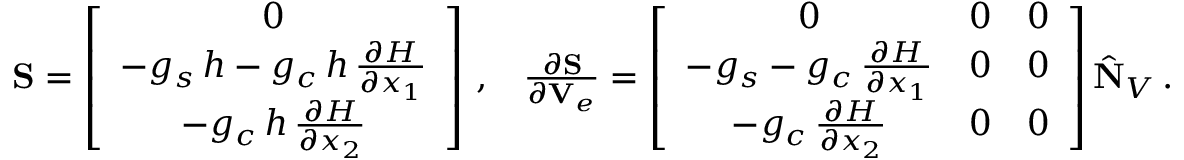
\begin{array} { r } { \begin{array} { c c } { { \bf S } = \left[ \begin{array} { c } { 0 } \\ { - g _ { s } \, { h } - g _ { c } \, { h } \, \frac { \partial { H } } { \partial { x } _ { 1 } } } \\ { - g _ { c } \, { h } \, \frac { \partial { H } } { \partial { x } _ { 2 } } } \end{array} \right] \, , } & { \frac { \partial { \bf S } } { \partial { \bf V } _ { e } } = \left[ \begin{array} { c c c } { 0 } & { 0 } & { 0 } \\ { - g _ { s } - g _ { c } \, \frac { \partial { H } } { \partial { x } _ { 1 } } } & { 0 } & { 0 } \\ { - g _ { c } \, \frac { \partial { H } } { \partial { x } _ { 2 } } } & { 0 } & { 0 } \end{array} \right] \hat { \bf N } _ { V } \, . } \end{array} } \end{array}